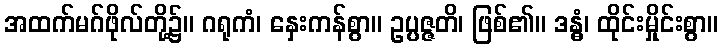
အထက်မဂ်ဖိုလ်တို့၌။ ဂရုကံ၊ နှေးကန်စွာ။ ဥပ္ပဇ္ဇတိ၊ ဖြစ်၏။ ဒန္ဓံ၊ ထိုင်းမှိုင်းစွာ။